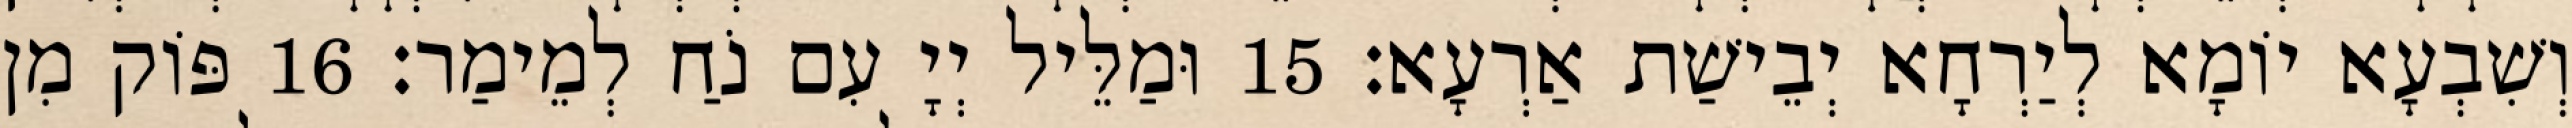
וְשִׁבְעָא יוֹמָא לְיַרְחָא יְבֵישַׁת אַרְעָא׃ 15 וּמַלֵּיל יְיָ עִם נֹחַ לְמֵימַר׃ 16 פּוֹק מִן